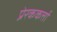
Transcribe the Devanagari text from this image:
प्रेरककर्त्ता